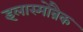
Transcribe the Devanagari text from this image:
इलास्मोब्रैक